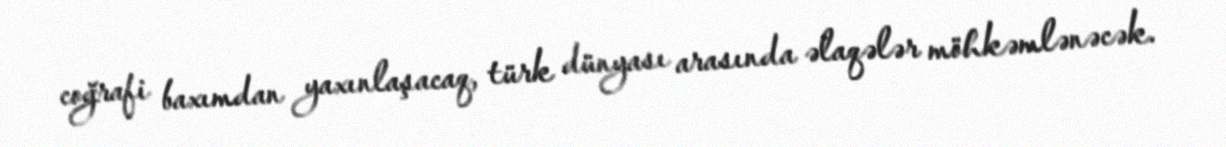
coğrafi baxımdan yaxınlaşacaq, türk dünyası arasında əlaqələr möhkəmlənəcək.